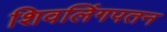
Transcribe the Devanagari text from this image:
शिवलिंगपतन